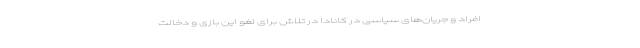
افراد و جریان‌های سیاسی در کانادا در تلاش برای لغو این بازی و دخالت